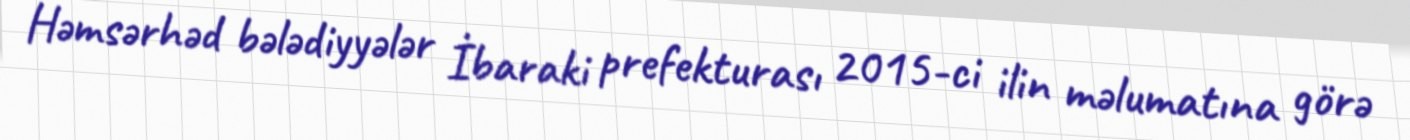
Həmsərhəd bələdiyyələr İbaraki prefekturası 2015-ci ilin məlumatına görə